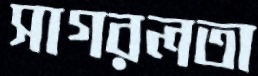
সাগরলতা